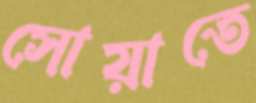
সোয়াতে